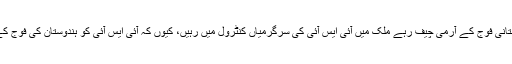
جنرل وی کے سنگھ جب تک ہندوستانی فوج کے آرمی چیف رہے ملک میں آئی ایس آئی کی سرگرمیاں کنٹرول میں رہیں، کیوں کہ آئی ایس آئی کو ہندوستان کی فوج کے ٹی ایس ڈی ڈویژن سے خوف تھا۔